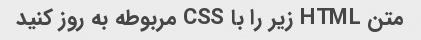
متن HTML زیر را با CSS مربوطه به روز کنید